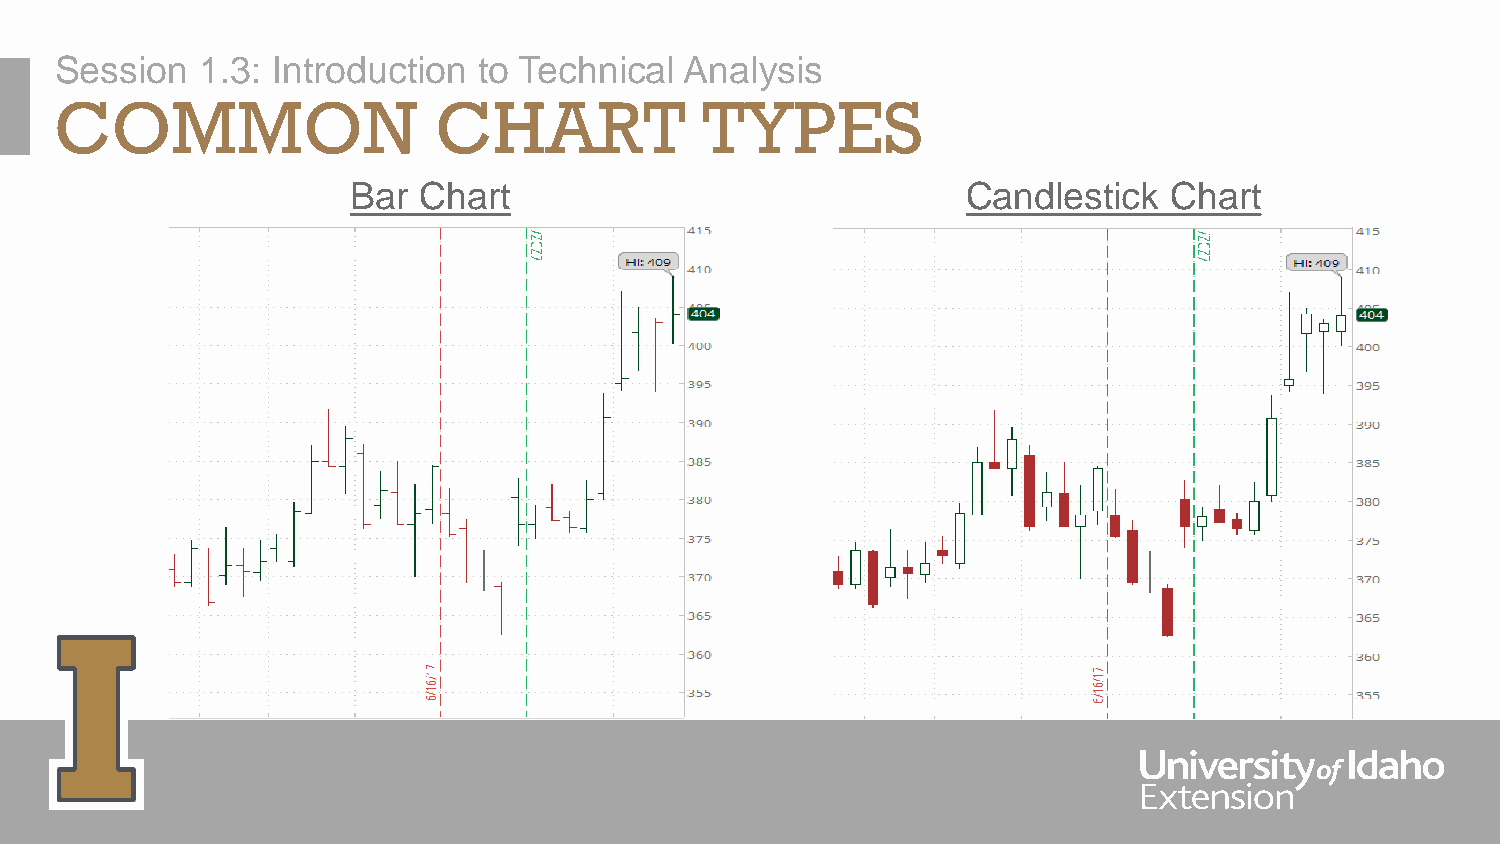
Session  1.3: Introduction  to Technical Analysis
 COMMON                   CHART            TYPES
 Bar  Chart                               Candlestick  Chart